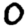
Digit: 0